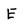
Character: E